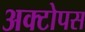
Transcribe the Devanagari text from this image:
अक्टोपस